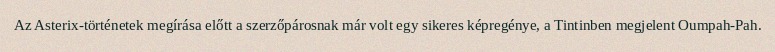
Az Asterix-történetek megírása előtt a szerzőpárosnak már volt egy sikeres képregénye, a Tintinben megjelent Oumpah-Pah.